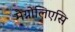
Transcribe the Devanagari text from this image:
मैग्नोलिएसि